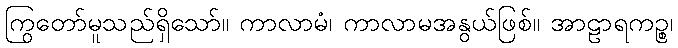
ကြွတော်မူသည်ရှိသော်။ ကာလာမံ၊ ကာလာမအနွယ်ဖြစ်။ အာဠာရကဉ္စ၊